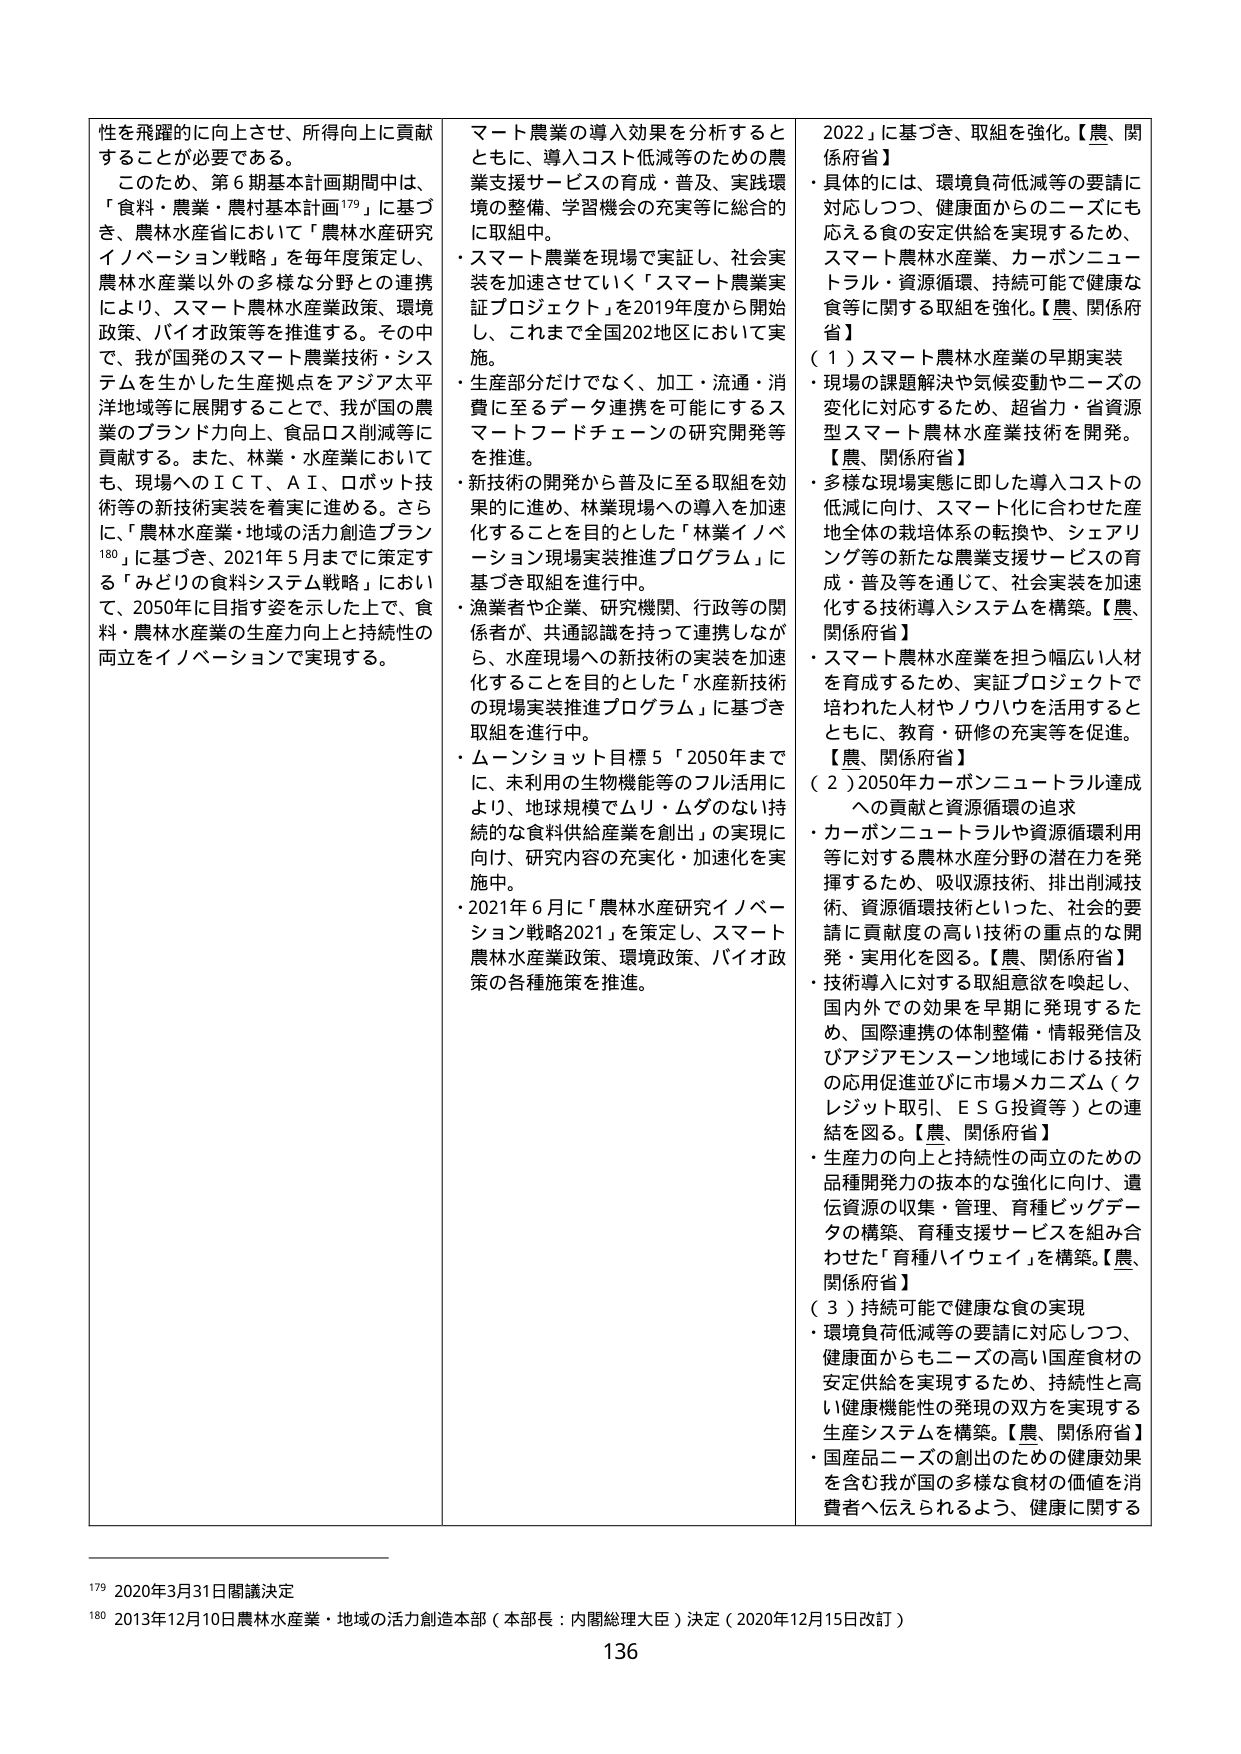
性を飛躍的に向上させ、所得向上に貢献することが必要である。

このため、第6期基本計画期間中は、「食料・農業・農村基本計画179」に基づき、農林水産省において「農林水産研究イノベーション戦略」を毎年度策定し、農林水産業以外の多様な分野との連携により、スマート農林水産業政策、環境政策、バイオ政策等を推進する。その中で、我が国発のスマート農業技術・システムを生かした生産拠点をアジア太平洋地域等に展開することで、我が国の農業のブランド力向上、食品ロス削減等に貢献する。また、林業・水産業においても、現場へのＩＣＴ、ＡＩ、ロボット技術等の新技術実装を着実に進める。さらに、「農林水産業・地域の活力創造プラン180」に基づき、2021年5月までに策定する「みどりの食料システム戦略」において、2050年に目指す姿を示した上で、食料・農林水産業の生産力向上と持続性の両立をイノベーションで実現する。

スマート農業の導入効果を分析するとともに、導入コスト低減等のための農業支援サービスの育成・普及、実践環境の整備、学習機会の充実等に総合的に取組中。

・スマート農業を現場で実証し、社会実装を加速させていく「スマート農業実証プロジェクト」を2019年度から開始し、これまで全国202地区において実施。

・生産部分だけでなく、加工・流通・消費に至るデータ連携を可能にするスマートフードチェーンの研究開発等を推進。

・新技術の開発から普及に至る取組を効果的に進め、林業現場への導入を加速化することを目的とした「林業イノベーション現場実装推進プログラム」に基づき取組を進行中。

・漁業者や企業、研究機関、行政等の関係者が、共通認識を持って連携しながら、水産現場への新技術の実装を加速化することを目的とした「水産新技術の現場実装推進プログラム」に基づき取組を進行中。

・ムーンショット目標5「2050年までに、未利用の生物機能等のフル活用により、地球規模でムリ・ムダのない持続的な食料供給産業を創出」の実現に向け、研究内容の充実化・加速化を実施中。

・2021年6月に「農林水産研究イノベーション戦略2021」を策定し、スマート農林水産業政策、環境政策、バイオ政策の各種施策を推進。

2022」に基づき、取組を強化。【農、関係府省】

・具体的には、環境負荷低減等の要請に対応しつつ、健康面からのニーズにも応える食の安定供給を実現するため、スマート農林水産業、カーボンニュートラル・資源循環、持続可能で健康な食等に関する取組を強化。【農、関係府省】

（1）スマート農林水産業の早期実装

・現場の課題解決や気候変動やニーズの変化に対応するため、超省力・省資源型スマート農林水産業技術を開発。【農、関係府省】

・多様な現場実態に即した導入コストの低減に向け、スマート化に合わせた産地全体の栽培体系の転換や、シェアリング等の新たな農業支援サービスの育成・普及等を通じて、社会実装を加速する技術導入システムを構築。【農、関係府省】

・スマート農林水産業を担う幅広い人材を育成するため、実証プロジェクトで培われた人材やノウハウを活用するとともに、教育・研修の充実等を促進。【農、関係府省】

（2）2050年カーボンニュートラル達成への貢献と資源循環の追求

・カーボンニュートラルや資源循環利用等に対する農林水産分野の潜在力を発揮するため、吸収源技術、排出削減技術、資源循環技術といった、社会的要請に貢献度の高い技術の重点的な開発・実用化を図る。【農、関係府省】

・技術導入に対する取組意欲を喚起し、国内外での効果を早期に発現するため、国際連携の体制整備・情報発信及びアジアモンスーン地域における技術の応用促進並びに市場メカニズム（クレジット取引、ＥＳＧ投資等）との連結を図る。【農、関係府省】

・生産力の向上と持続性の両立のための品種開発力の抜本的な強化に向け、遺伝資源の収集・管理、育種ビッグデータの構築、育種支援サービスを組み合わせた「育種ハイウェイ」を構築。【農、関係府省】

（3）持続可能で健康な食の実現

・環境負荷低減等の要請に対応しつつ、健康面からもニーズの高い国産食材の安定供給を実現するため、持続性と高い健康機能性の発現の双方を実現する生産システムを構築。【農、関係府省】

・国産品ニーズの創出のための健康効果を含む我が国の多様な食材の価値を消費者へ伝えられるよう、健康に関する

179 2020年3月31日閣議決定

180 2013年12月10日農林水産業・地域の活力創造本部（本部長：内閣総理大臣）決定（2020年12月15日改訂）

136